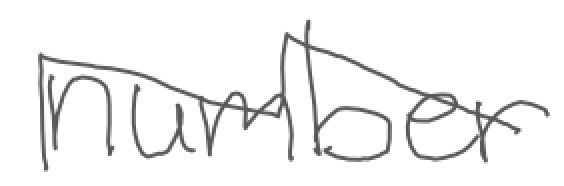
Text: number
Cross-out: zig-zag
Writing tool: digital_gray